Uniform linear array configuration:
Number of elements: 16
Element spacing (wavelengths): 0.5
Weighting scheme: uniform
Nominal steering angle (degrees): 45
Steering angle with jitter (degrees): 46.164
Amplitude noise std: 0.05
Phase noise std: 0.05

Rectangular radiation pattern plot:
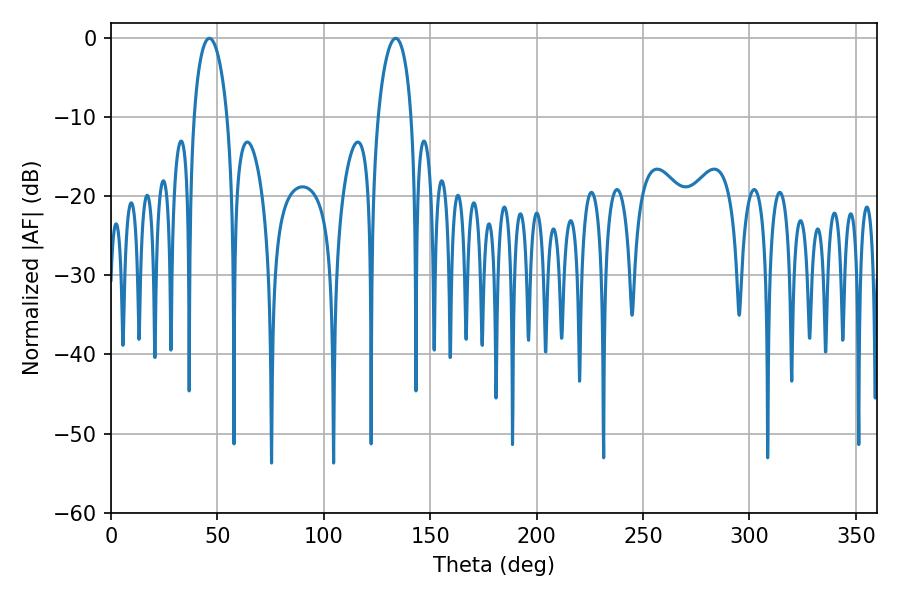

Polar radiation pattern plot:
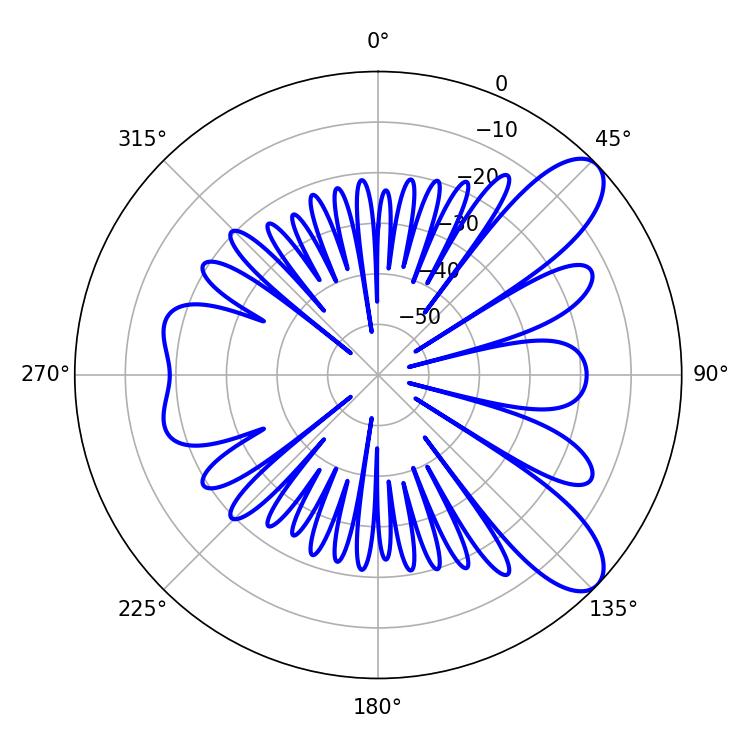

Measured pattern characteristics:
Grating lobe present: FALSE
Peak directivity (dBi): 9.192
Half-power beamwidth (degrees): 9
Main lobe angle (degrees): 46.26